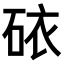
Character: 𥑴